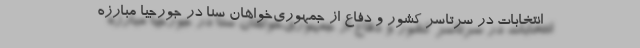
انتخابات در سرتاسر کشور و دفاع از جمهوری‌خواهان سنا در جورجیا مبارزه